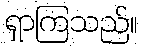
ရှာကြသည်။